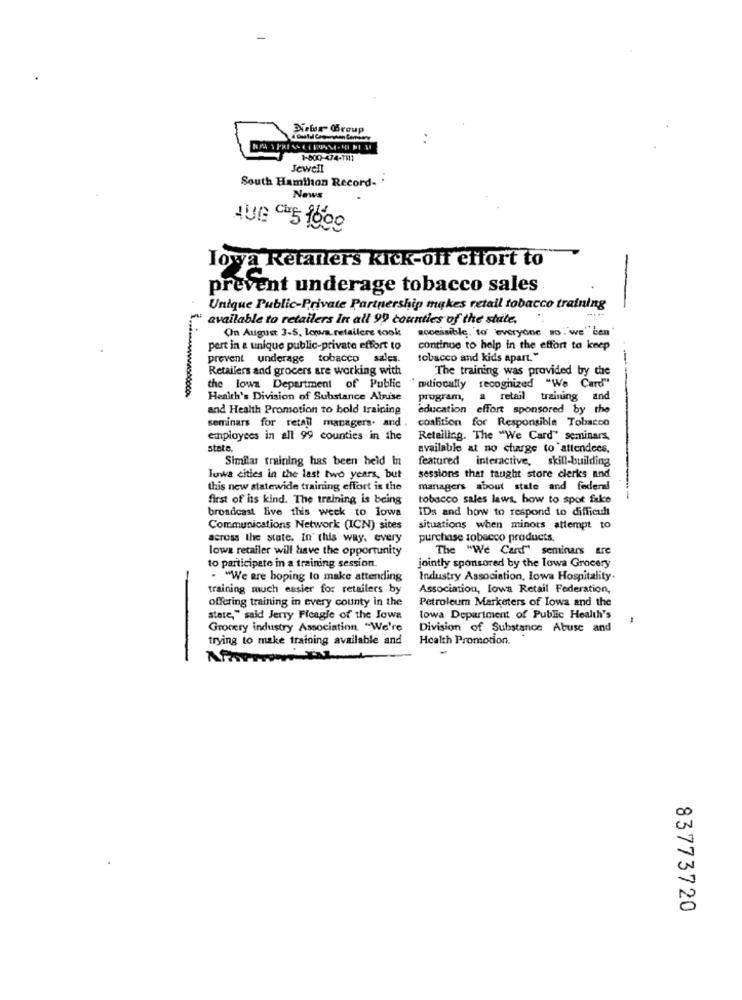
Newer Group
1-500-474-1117
Jewell
South Hamilton Record- '
News
AUG Car5 1690
Iowa Retailers Kick-off effort to
prevent underage tobacco sales
Unique Public-Private Partnership makes retail tobacco training
available to retailers in all 99 counties of the state.
On August 3-5, Lowa. retailere took
accessible. to everyone so. we' ben
pert in a unique public-private effort to
continue to help in the effort to keep
prevent underage tobacco sales.
tobacco and kids apart."
Retailers and grocers are working with
The training was provided by the
the lows Department of Public
muitocally
recognized "We Card"
Health's Division of Substance Abuse
program,
a retail training and
and Health Promotion to bold training
education effort sponsored by the
seminars for retail managers. and . coalition for Responsible Tobacco
employees in all 99 counties in the
Retailing. The "We Card" seminars.
state.
available at no charge to attendees,
Similar training has been held in
featured
interactive, skill-building
Iowa cities in the last two years, but
sessions that taught store clerkes and
this new statewide training effort is the
managers about state and federal
first of its kind. The training is being
tobacco sales laws, how to spot fake
broadcast live this week to lowa
IDs and how to respond to difficult
Communications Network (ICN) sites
situations when minors attempt to
across the state. In' this way. every
purchase tobacco products.
lowa retailer will have the opportunity
The "We Card" seminars are
to participate in a training session.
jointly sponsored by the lowa Grocery
- "We are hoping to make attending
Industry Association, Iowa Hospitality.
training much easier for retailers by
Association, Iowa Retail Federation,
offering training in every county in the
Petroleum Marketers of Iowa and the
stete," said Jerry Freagle of the Jowa
towa Department of Public Health's
-
Grocery industry Association "We're
Division of Substance Abuse and
trying to make training available and
Health Promotion.
-
83773720